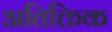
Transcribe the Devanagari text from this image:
अतिक्तिक